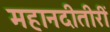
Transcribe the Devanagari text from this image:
महानदीतीरीं